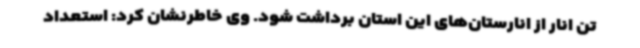
تن انار از انارستان‌های این استان برداشت شود. وی خاطرنشان کرد: استعداد